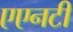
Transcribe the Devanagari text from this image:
एएनटी